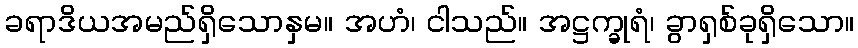
ခရာဒိယအမည်ရှိသောနှမ။ အဟံ၊ ငါသည်။ အဋ္ဌက္ခုရံ၊ ခွာရှစ်ခုရှိသော။